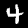
Digit: 4